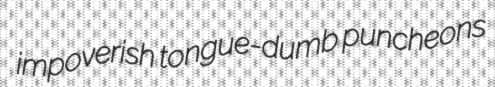
impoverish tongue-dumb puncheons